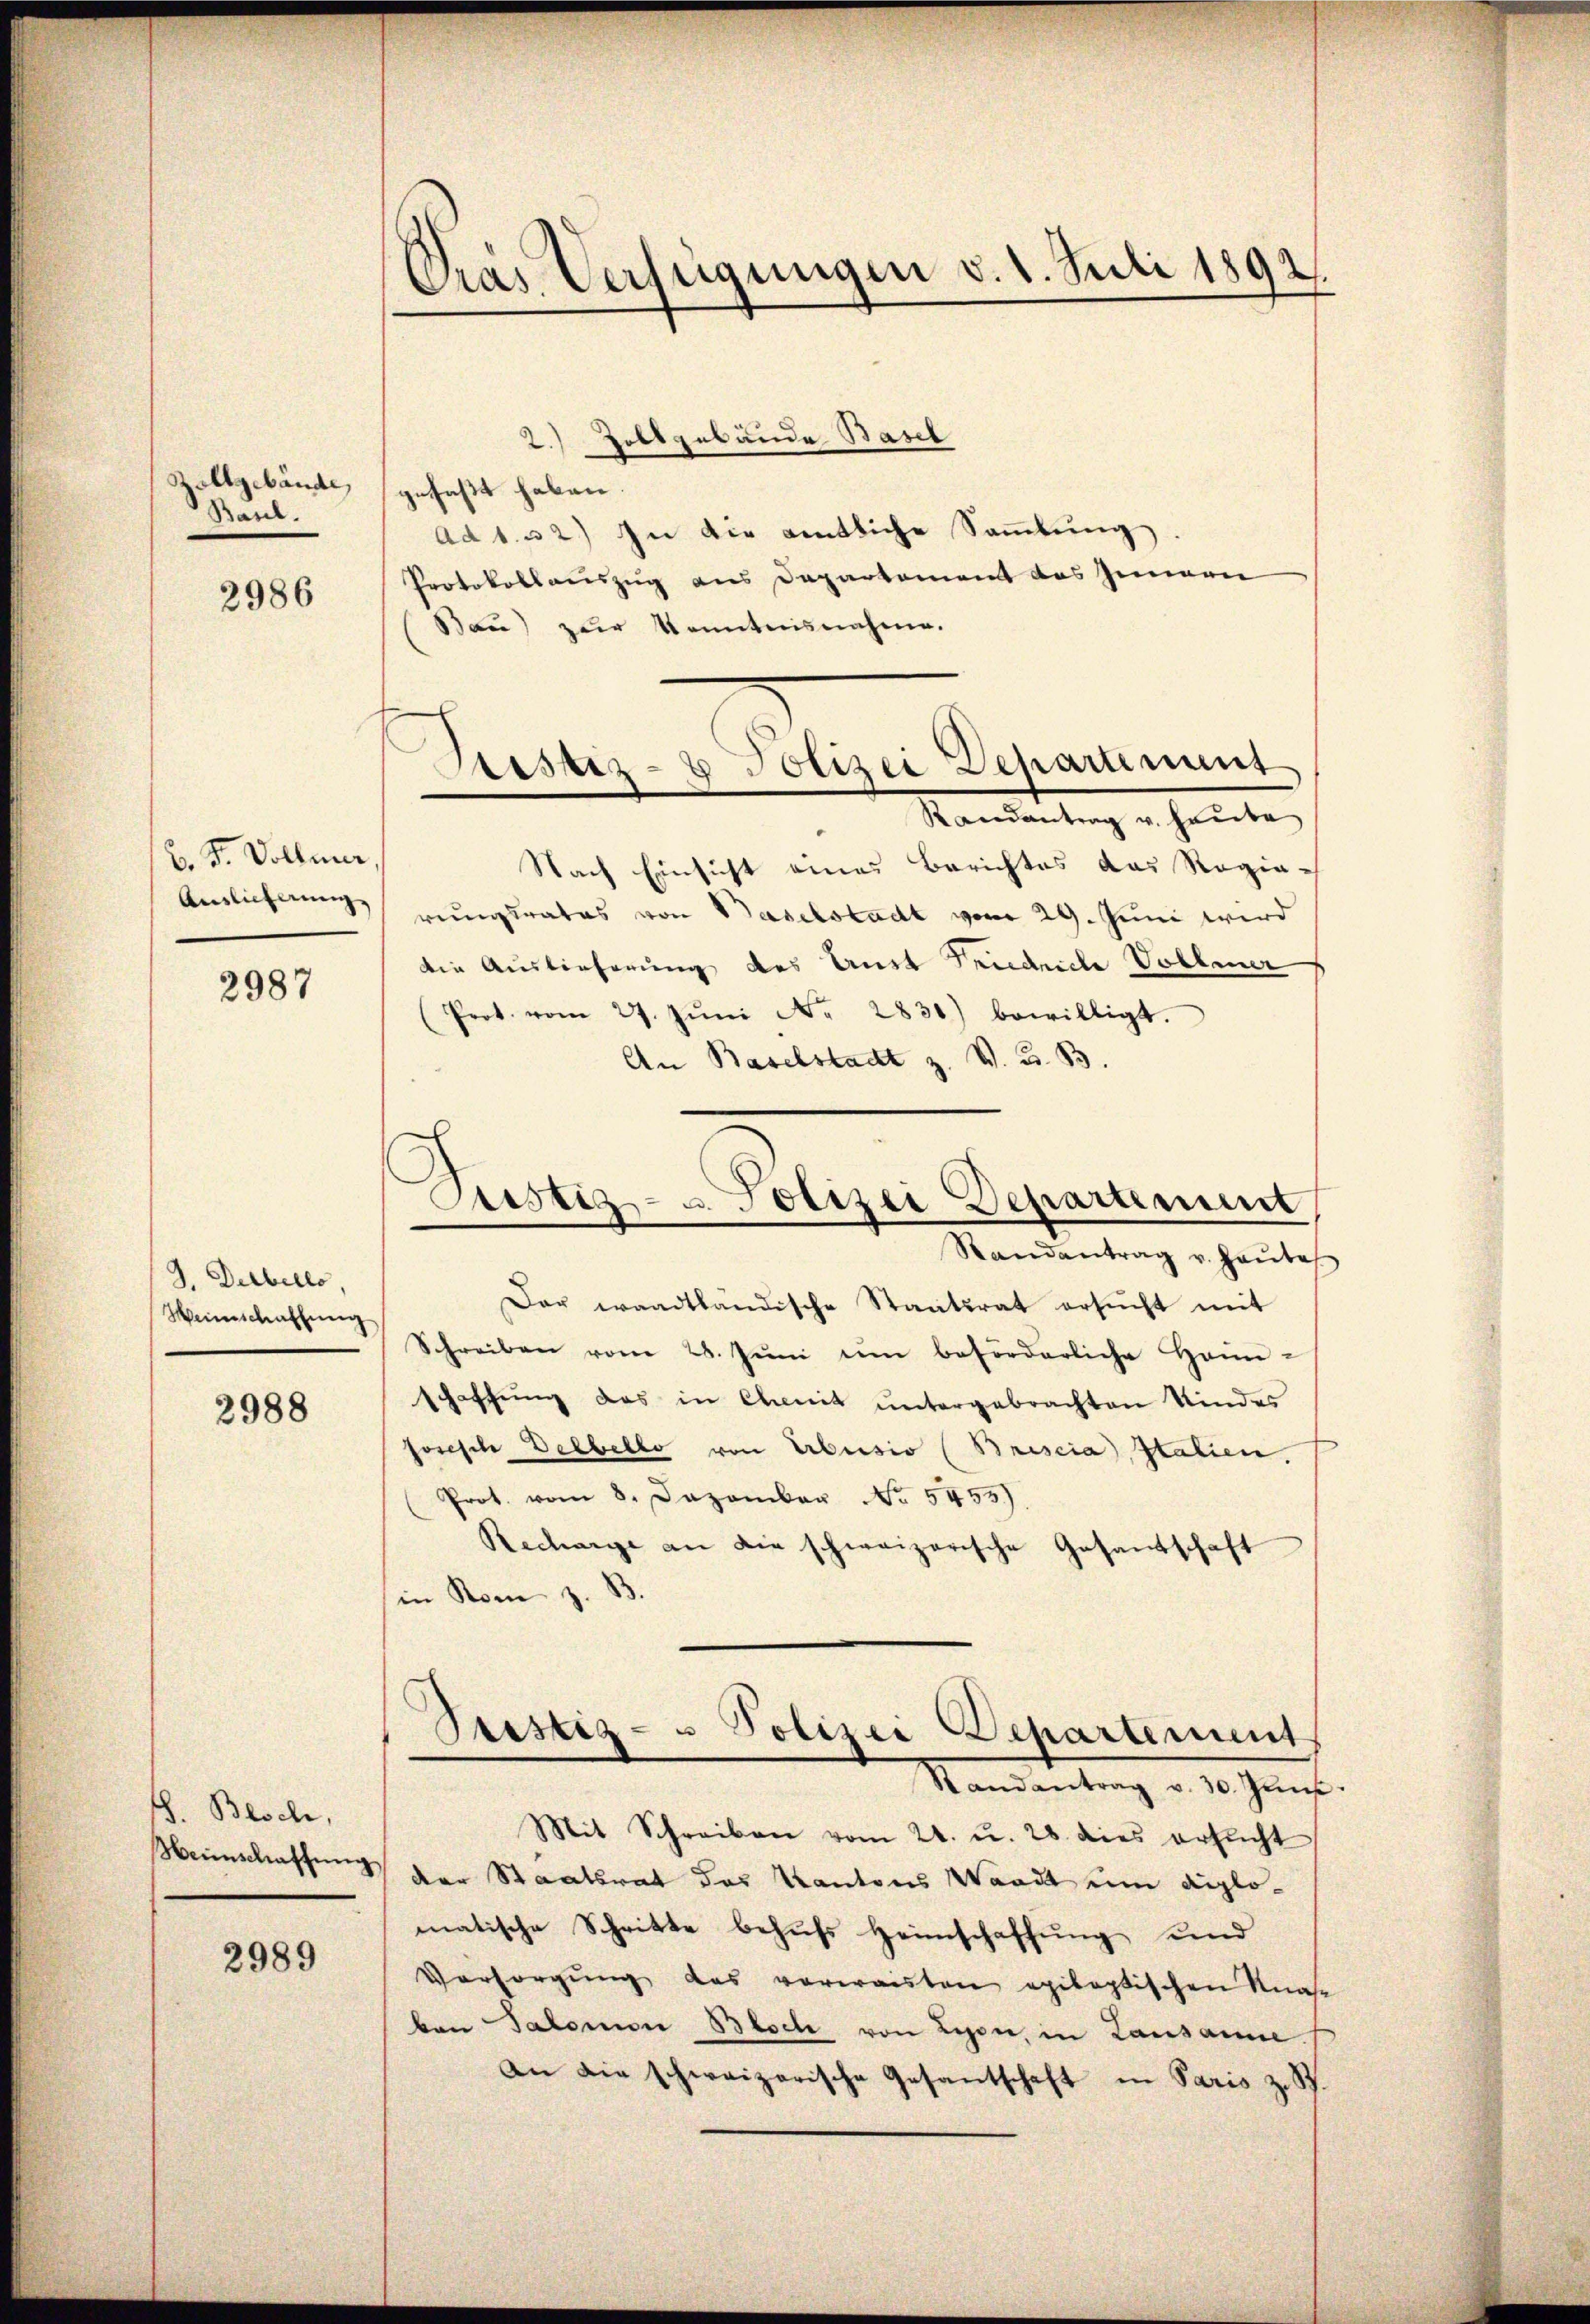
Zollgebäude,
Bauer.

2986

B. F. Vollmar
Anglicherung

2987

3. Dabello,
Weinschaffung

2988

. Besch,

2989

Gras Verfügungen v. 1. Juli 1892.

2.) Zollgebäude Basel
gefaßt haben.
Ad 1. u 2.) In die entliche Sammlung
Protokollauszug aus Departement das Innern
Bau) zur konntensnahme.
Randantrag u. heute
Nach Einsicht eines Berichtes das Regie-
rungsrates von Baselstadt vom 29. Juni wird
die Auslieferung des Aust Tridelle Vollener
(Prot. vom 27. Jŭni Nr. 2830) bewilligt.
An Baselstadt z. V. B. B.
Randantrag v. heute
Der waadtländische Staatsrat ersŭcht mit
Schreiben vom 28. Jŭni im beförderliche Heim-
schaffŭng das in Cheit ŭntergebrachten Kindes
fosische Delbello von Erbusio (Brescia, Italien.
Prot. vom 8. Dezember No. 5455).
Rechange an die schweizerische Gesandschaft
in Rom z. B.
Pristiz- u Polizei Departement
Randantrag v. 30. Jŭni
Mit Schreiben vom 21. u. 28 dies ersucht
eimschaffung der Staatsrat des Kantons Waadt um diplomatische Schritte behufs Heimschaffŭng und
Vorsorgung das verwaisten exiloptischen Knase
ben Salomon Bloch von Lesen, in Lausanne
An die schweizerische Gesantschaft in Paris z. S.

h
e
Justiz- & Polizei Departement

Justiz- u. Polizei Departement